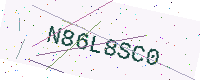
Text: N86L8SC0